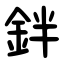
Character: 鉡